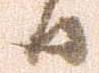
日